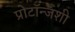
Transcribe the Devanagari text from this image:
प्रोटॉन्जशी